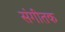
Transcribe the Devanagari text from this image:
संगीतक